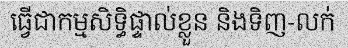
ធ្វើជាកម្មសិទ្ធិផ្ទាល់ខ្លួន និងទិញ-លក់